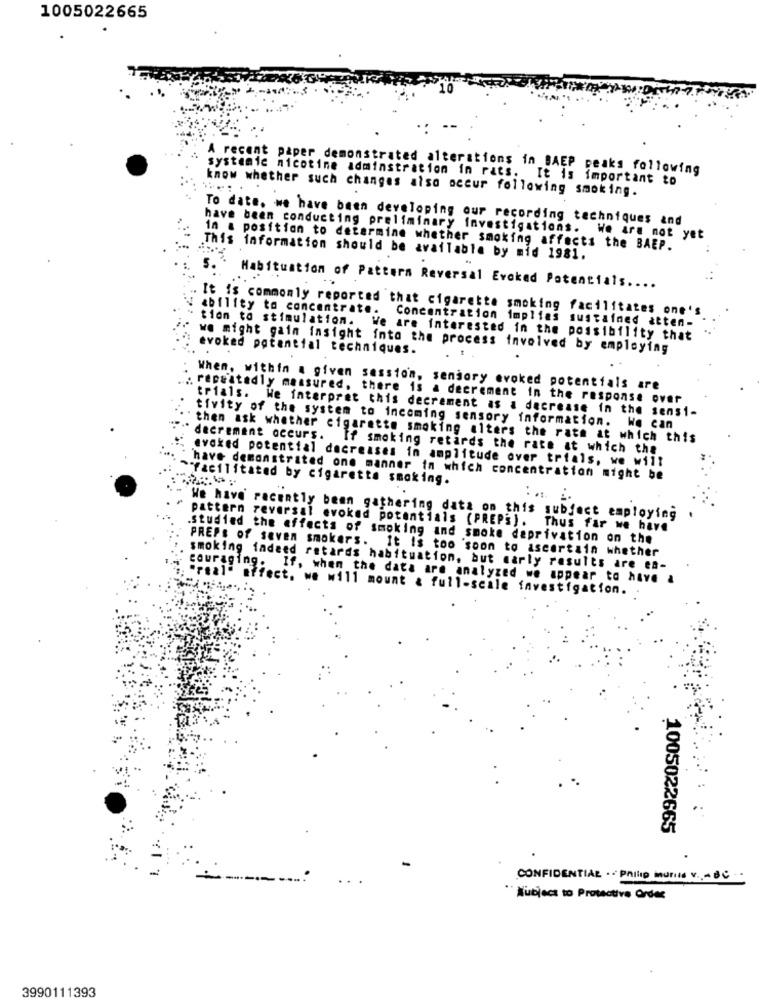
1005022665
A recent paper demonstrated alterations in BAEP peaks following
systemie nicotine adminstration in rats. It is important to
know whether such changes also occur following smoking.
To date. we have been developing our recording techniques and
have been conducting preliminary investigations. We are not yet
in a position to determine whether smoking affects the BAEP.
This information should be available by mid 1981.
....
Habituation of Pattern Reversal Evoked Potentials ....
It is commonly reported that cigarette smoking facilitates one's
Ability to concentrate. Concentration implies sustained atten-
tion to stimulation. We are interested in the possibility that
evoked potential techniques.
we might gain insight into the process involved by employing
When, within a given session, sensory evoked potentials are
. repeatedly measured, there is a decrement in the response over
trials. We interpret this decrement as a decrease in the sensi-
tivity of the system to incoming sensory information. We can
then ask whether cigarette smoking alters the rate at which this
decrement occurs. If smoking retards the rate at which the
evoked potential decreases in amplitude over trials, we will
"Facilitated by cigarette smoking.
have demonstrated one manner in which concentration might be
pattern reversal evoked potentials (PREPS).
We have recently been gathering data on this subject employing
Thus far we have
.studied the effects of smoking and smoke deprivation on the
PREFs of seven smokers. It is too soon to ascertain whether
smoking fadeed retards habituation, but marly results are en-
couraging. If, when the data are analyzed we appear to have a
"real" affect. we will mount & full-scale investigation.
1005022665
CONFIDENTIAL . . Philip maurits v .,- 8℃ - -
Kubjeca to Protective Order
3990111393